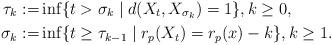
LaTeX: \begin{align*}\tau_k:=&\inf\{t>\sigma_k\mid d(X_t,X_{\sigma_k})=1\},k\geq0,\\\sigma_k:=&\inf\{t\geq\tau_{k-1}\mid r_p(X_t)=r_p(x)-k\},k\geq1.\end{align*}